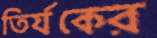
তির্যকের